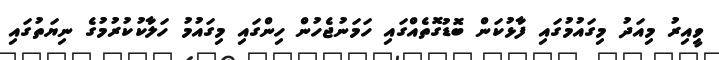
ވީއިރު މިއަދު މިގައުމުގައި ފާޅުކަން ބޮޑުގޮތެއްގައި ހަމަނުޖެހުން ހިންގައި މިގައުމު ހަލާކުކުރުމުގެ ނިޔަތުގައި